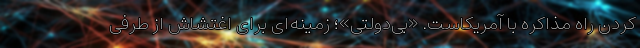
کردن راه مذاکره با آمریکاست. «بی‌دولتی»؛ زمینه‌ای برای اغتشاش از طرفی